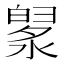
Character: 𣼙